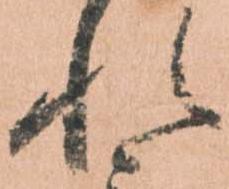
れ